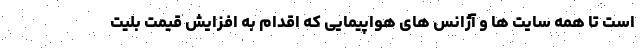
است تا همه سایت ها و آژانس های هواپیمایی که اقدام به افزایش قیمت بلیت